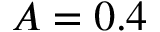
A = 0 . 4